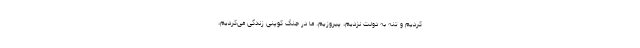
کردیم و تنه به دولت نزدیم، پیروزیم. ما در جنگ کوپنی زندگی می‌کردیم،